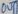
Text: OUT